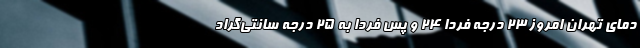
دمای تهران امروز ۲۳ درجه فردا ۲۴ و پس فردا به ۲۵ درجه سانتی‌گراد